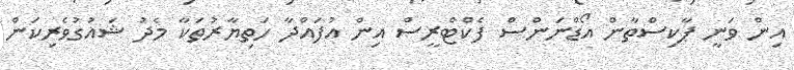
އިން ވަނީ ޕާކިސްތާން އޯޑްނަންސް ފެކްޓްރީސް އިން އުފައްދާ ހަތިޔާރުތަކާ މެދު ޝައުގުވެރިކަން